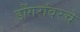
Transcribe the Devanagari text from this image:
डोंगरांवरचे